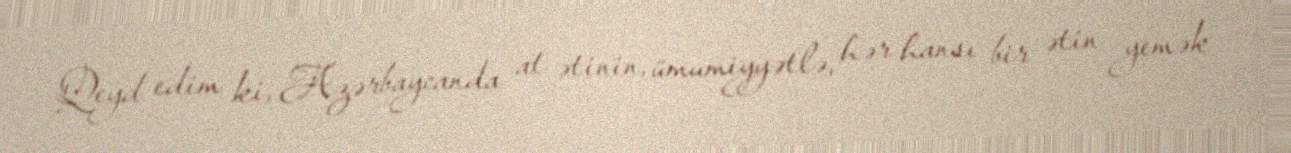
Qeyd edim ki, Azərbaycanda at ətinin, ümumiyyətlə, hər hansı bir ətin yemək